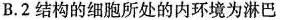
B. 2 结构的细胞所处的内环境为淋巴